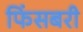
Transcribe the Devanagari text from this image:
फिंसबरी